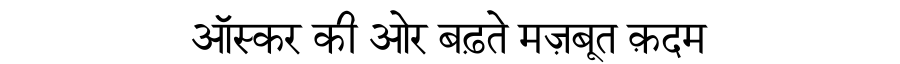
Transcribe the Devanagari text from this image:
ऑस्कर की ओर बढ़ते मज़बूत क़दम